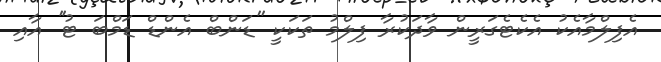
އެފިލްމާއެކު އެކެޓެގަރީން ވާދަކުރާ ފިލްމު ތަކަކީ ''ޑަންބް އެންޑް ޑަމްބަ ޓު'' އާއި